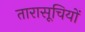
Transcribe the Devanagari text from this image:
तारासूचियों